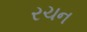
રચન